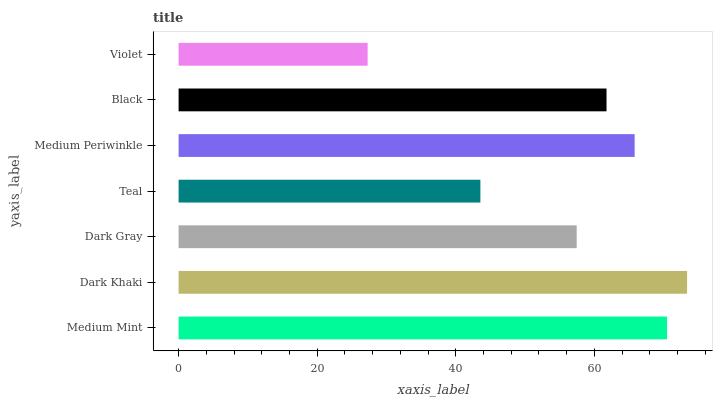
| yaxis_label | bars |
 | --- | --- |
 | Medium Mint | 70.5 |
 | Dark Khaki | 73.4 |
 | Dark Gray | 57.4 |
 | Teal | 43.5 |
 | Medium Periwinkle | 65.8 |
 | Black | 61.7 |
 | Violet | 27.3 |